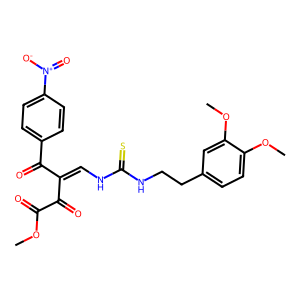
SMILES: COC(=O)C(=O)C(=CNC(=S)NCCc1ccc(OC)c(OC)c1)C(=O)c1ccc([N+](=O)[O-])cc1
Inhibits HIV replication: No